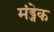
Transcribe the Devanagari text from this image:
मंड्जेक